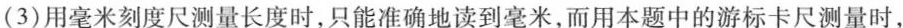
(3)用毫米刻度尺测量长度时，只能准确地读到毫米，而用本题中的游标卡尺测量时，